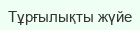
Тұрғылықты жүйе